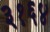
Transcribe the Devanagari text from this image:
३१६४